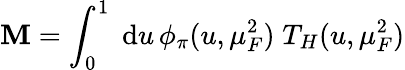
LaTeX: \mathbf{M}=\int_{0}^{1}\; \mathrm{d}u\, \phi_{\pi}(u,\mu_{F}^{2})\; T_{H}(u,\mu_{F}^{2})